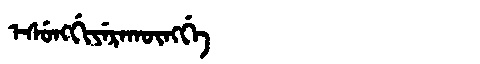
Manchu: ᡝᠰᡠᠩᡤᡳᠶᡝᡵᠠᡴᡡᠩᡤᡝ
Romanization: ESUNGGIYERAKŪNGGE